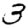
Digit: 3